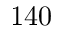
1 4 0